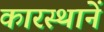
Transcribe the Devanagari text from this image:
कारस्थानें